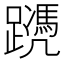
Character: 𨆱